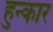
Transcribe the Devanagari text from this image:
हुन्कार